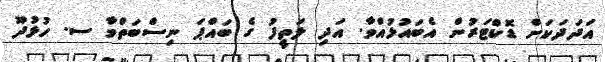
އަދަދަކަށް ޑޮކްޓަރުން އެބައުޅުއްވާ. އަދި ލަތީފު ގެ ބައްޕަ ނިސްބަތްވާ ސ. ހުޅުދޫ